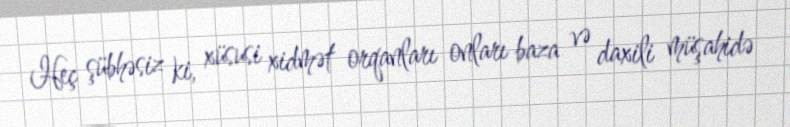
Heç şübhəsiz ki, xüsusi xidmət orqanları onları baza və daxili müşahidə